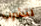
لتشرب